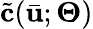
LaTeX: \tilde{\mathbf{c}}(\bar{\mathbf{u}};\boldsymbol{\Theta})